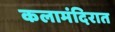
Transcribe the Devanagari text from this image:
कलामंदिरात